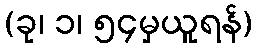
(ခု၊ ၁၊ ၅၄မှယူရန်)